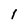
Character: 1